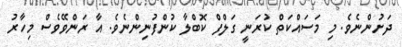
ދަށުންނެވެ. މި މަސައްކަތް ކުރަނީ ގަލްފް ކޮބްލާ ކުންފުނިންނެވެ. އާ ރަންވޭވެސް މިހާރު